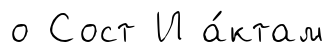
о Сост И а́ктам